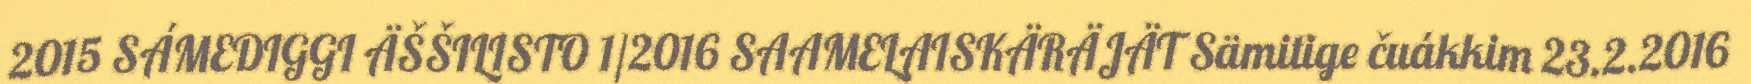
2015 SÁMEDIGGI ÄŠŠILISTO 1/2016 SAAMELAISKÄRÄJÄT Sämitige čuákkim 23.2.2016